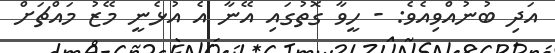
އަދި ބުނުއްވިއެވެ: - ހީވާ ގޮތުގައި އޭނާ އެ އުޅެނީ މޭޒު މައްޗަށް